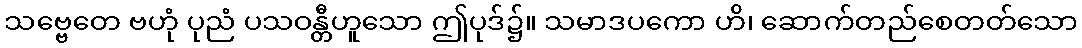
သဗ္ဗေတေ ဗဟုံ ပုညံ ပသဝန္တီဟူသော ဤပုဒ်၌။ သမာဒပကော ဟိ၊ ဆောက်တည်စေတတ်သော